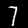
Label: 7